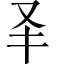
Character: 𠬤